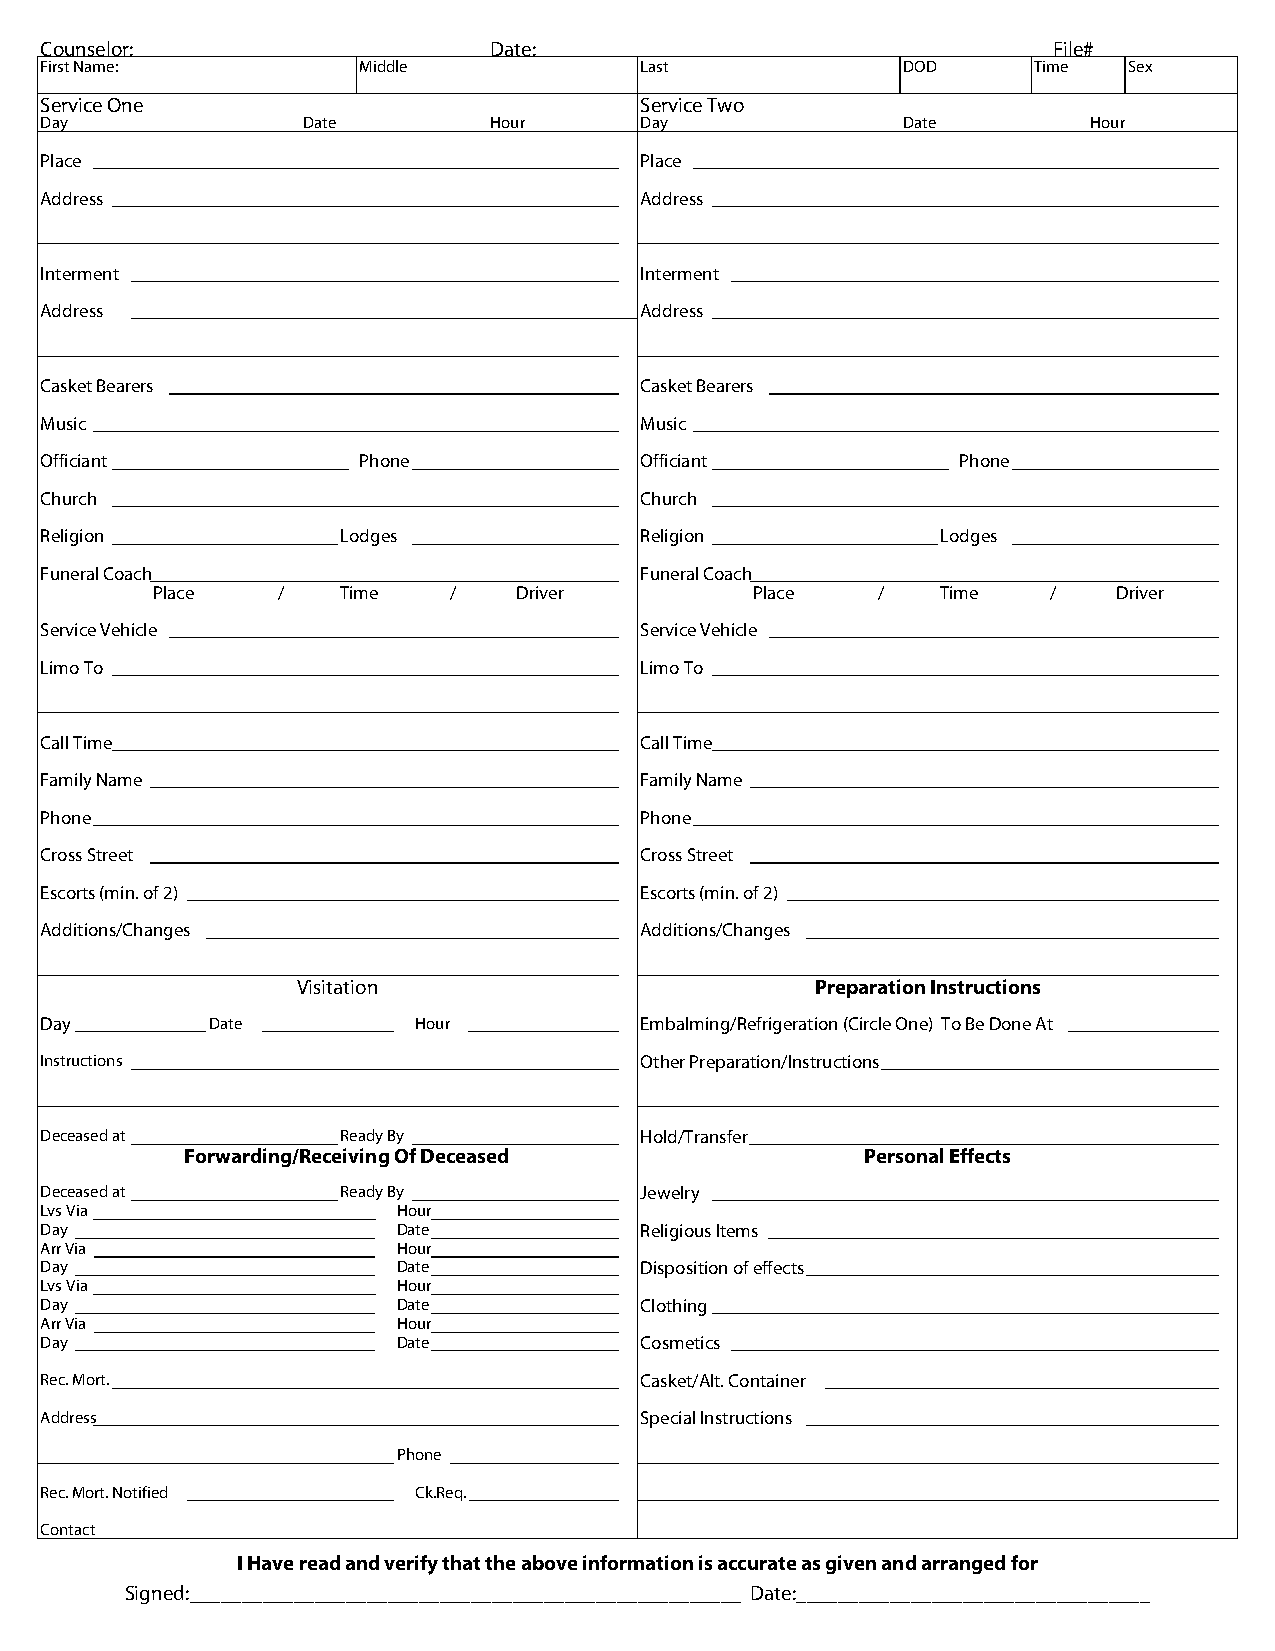
Counselor:                   Date:                                 File#
 First Name:          Middle            Last              DOD     Time   Sex
 Service One                            Service Two
 Day              Date        Hour      Day               Date        Hour
 Place                                  Place
 Address                                Address
 Interment                              Interment
 Address                                Address
 Casket Bearers                         Casket Bearers
 Music                                  Music
 Officiant            Phone             Officiant             Phone
 Church                                 Church
 Religion            Lodges             Religion            Lodges
 Funeral Coach                          Funeral Coach
 Place   /   Time    /   Driver          Place   /   Time    /   Driver
 Service Vehicle                        Service Vehicle
 Limo To                                Limo To
 Call Time                              Call Time
 Family Name                            Family Name
 Phone                                  Phone
 Cross Street                           Cross Street
 Escorts (min. of 2)                    Escorts (min. of 2)
 Additions/Changes                      Additions/Changes
 Visitation                        Preparation Instructions
 Day        Date          Hour          Embalming/Refrigeration (Circle One) To Be Done At
 Instructions                           Other Preparation/Instructions
 Deceased at         Ready By           Hold/Transfer
 Forwarding/Receiving Of Deceased             Personal Effects
 Deceased at         Ready By           Jewelry
 Lvs Via                Hour
 Day                    Date            Religious Items
 Arr Via                Hour
 Day                    Date            Disposition of effects
 Lvs Via                Hour
 Day                    Date            Clothing
 Arr Via                Hour
 Day                    Date            Cosmetics
 Rec. Mort.                             Casket/Alt. Container
 Address                                Special Instructions
 Phone
 Rec. Mort. Notified      Ck.Req.
 Contact
 I Have read and verify that the above information is accurate as given and arranged for
 Signed:_____________________________________________________ Date:__________________________________